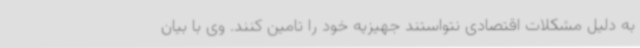
به دلیل مشکلات اقتصادی نتواستند جهیزیه خود را تامین کنند. وی با بیان